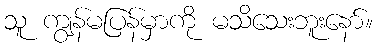
သူ ကျွန်မပြန်မှာကို မသိသေးဘူးနော်။